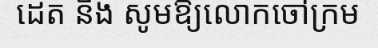
ដេត និង សូមឱ្យលោកចៅក្រម